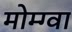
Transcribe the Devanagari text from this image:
मोम्ग्वा